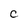
Character: C